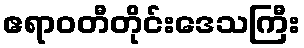
ဧရာဝတီတိုင်းဒေသကြီး